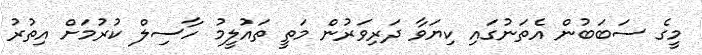
މީގެ ސަބަބުން އެތަނުގައި ކިޔަވާ ދަރިވަރުން މަތީ ތައުލީމު ހާސިލް ކުރުމަށް އިތުރު